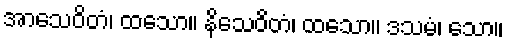
အာသေဝိတံ၊ ထသော။ နိသေဝိတံ၊ ထသော။ ဒသမံ၊ သော။